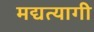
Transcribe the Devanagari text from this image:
मद्यत्यागी